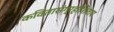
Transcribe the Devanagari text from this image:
कवितासंग्रहांशिवाय